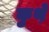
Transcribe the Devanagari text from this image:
कुथ़े